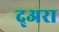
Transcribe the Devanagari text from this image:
द्अरा